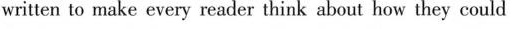
written to make every reader think about how they could